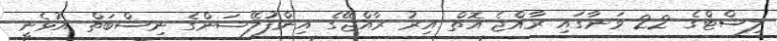
ލިސްޓްގެ 22 ވަނާގައި ރާއްޖެ އޮތް އިރު ރާއްޖޭގެ އިންފުލޭޝަންގެ ނިސްބަތް އުޅެނީ